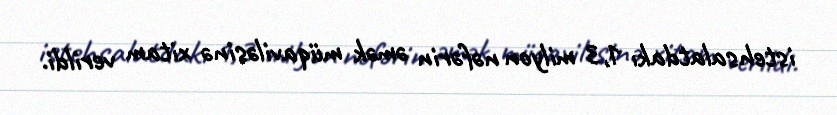
istehsalatdakı 1,3 milyon nəfərin əmək müqaviləsinə xitam verildi.